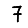
Digit: 7